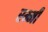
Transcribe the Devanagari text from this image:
रम्मी